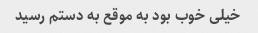
خیلی خوب بود به موقع به دستم رسید